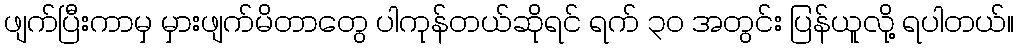
ဖျက်ပြီးကာမှ မှားဖျက်မိတာတွေ ပါကုန်တယ်ဆိုရင် ရက် ၃၀ အတွင်း ပြန်ယူလို့ ရပါတယ်။